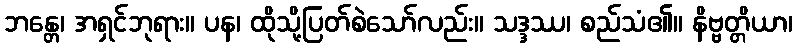
ဘန္တေ၊ အရှင်ဘုရား။ ပန၊ ထိုသို့ပြတ်စဲသော်လည်း။ သဒ္ဒဿ၊ စည်သံ၏။ နိဗ္ဗတ္တိယာ၊